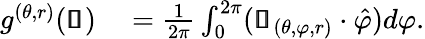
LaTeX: \begin{array}{rl}{g^{(\theta,r)}(\pmb{\mathscr{s}})}&{{}=\frac{1}{2\pi}\int_{0}^{2\pi}(\pmb{\mathscr{u}}_{(\theta,\varphi,r)}\cdot\hat{\varphi})d\varphi.}\end{array}